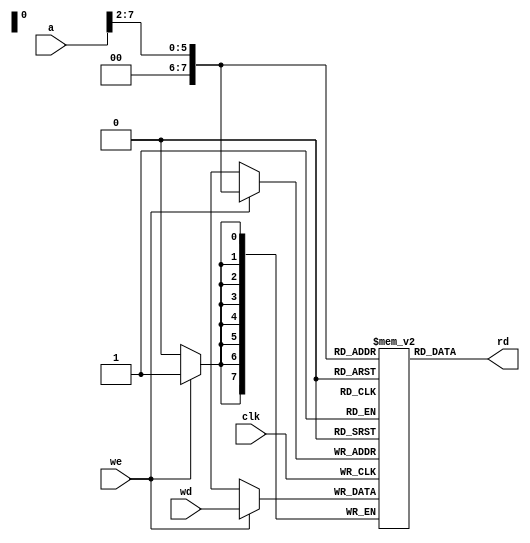
`timescale 1ns / 1ps

module dmem(
	 input clk, we,
	 input [7:0] a, wd,
	 output [7:0] rd
	 );

    reg [7:0] RAM[255:0];

    assign rd = RAM[a[7:2]];

    always @(posedge clk)
        if(we) RAM[a[7:2]] <= wd;

endmodule